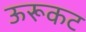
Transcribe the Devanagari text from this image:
ऊरूकट